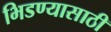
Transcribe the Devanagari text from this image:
भिडण्यासाठी